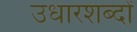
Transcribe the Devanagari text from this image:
उधारशब्दों